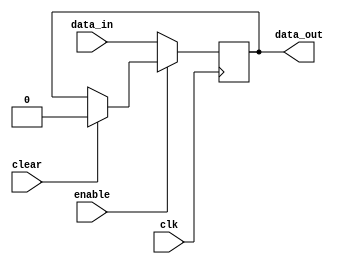
module imm_reg_sub(clk,enable,clear,data_in,data_out);
input clk;
input enable;
input clear;
input data_in;//
output reg data_out;

initial 
data_out = 1'b0;

always@(posedge clk)
begin
 if (~enable)
     data_out <= data_in;
 else if (clear)
     data_out <= 1'b0;
end

endmodule